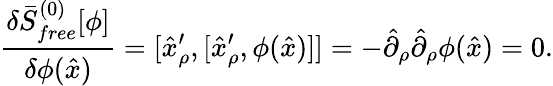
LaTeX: {\frac{\delta\bar{S}_{free}^{(0)}[\phi]}{\delta\phi(\hat{x})}}=[\hat{x}_{\rho}^{\prime},[\hat{x}_{\rho}^{\prime},\phi(\hat{x})]]=-\hat{\partial}_{\rho}\hat{\partial}_{\rho}\phi(\hat{x})=0.